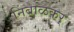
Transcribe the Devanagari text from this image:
निंबाळकर्